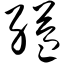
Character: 缢